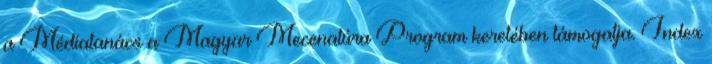
a Médiatanács a Magyar Mecenatúra Program keretében támogatja. Index